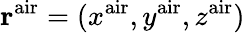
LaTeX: {\mathbf r}^{\mathrm{air}}=(x^{\mathrm{air}},y^{\mathrm{air}},z^{\mathrm{air}})